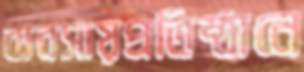
ব্যবসায়প্রতিষ্ঠানে